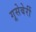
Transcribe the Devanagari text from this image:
गूसेबेर्री